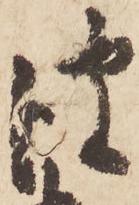
彼